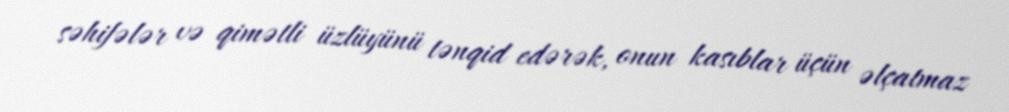
səhifələr və qimətli üzlüyünü tənqid edərək, onun kasıblar üçün əlçatmaz